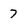
Character: 7